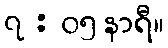
၇ : ၀၅ နာရီ။